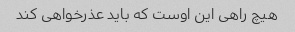
هیچ راهی این اوست که باید عذرخواهی کند